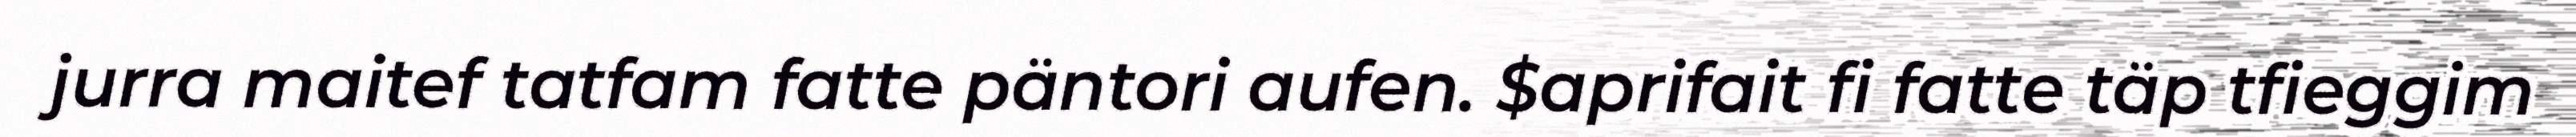
jurra maitef tatfam fatte päntori aufen. $aprifait fi fatte täp tfieggim